Annual report of the Central Committee of the Association together with the report of the directors of the Pasteur Institute at Kasauli
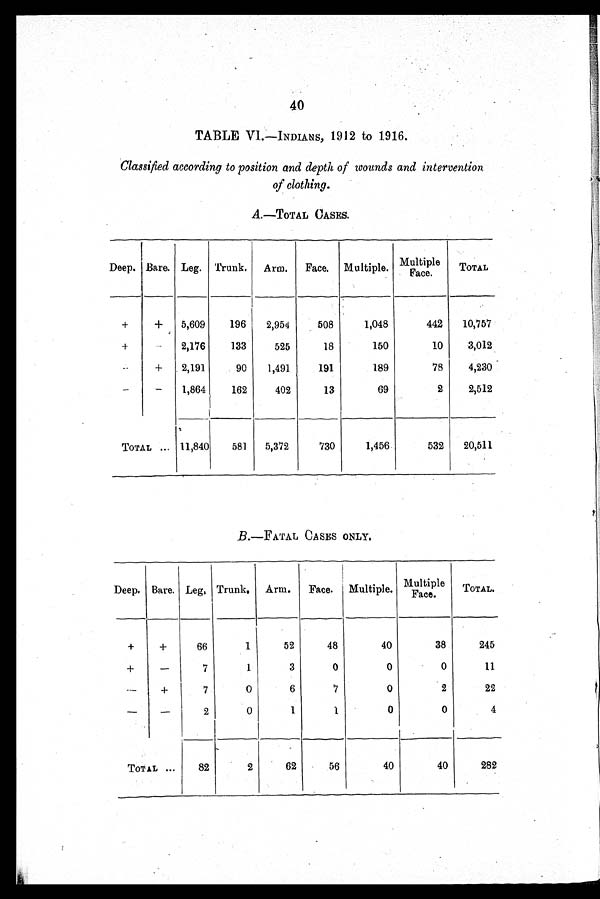
40
TABLE V1.—INDIANS, 1912 to 1916.
Classified according to position and depth of wounds and intervention
of clothing.
A.—TOTAL CASES.
Deep. Bare. Leg. Trunk. Arm.
Face. Multiple. Multiple Face. TOTAL
+
+
5,609
196
2,954
508
1,048
442
10,757
+
-
2,176
133
525
18
150
10
3,012
-
+
2,191
90
1,491
191
189
78
4,230
-
-
1,864
162
402
13
69
2
2,512
TOTAL
11,840
581
5,372
730
1,456
532
20,511
B.—FATAL CASES ONLY.
Deep. Bare. Leg, Trunk. Arm.
Face. Multiple.
Multiple
Face.
TOTAL.
+
+
66
1
52
48
40
38
245
+
-
7
1
3
0
0
0
11
-
+
7
0
6
7
0
2
22
-
-
2
0
1
1
0
0
4
TOTAL
82
2
62
56
40
40
282